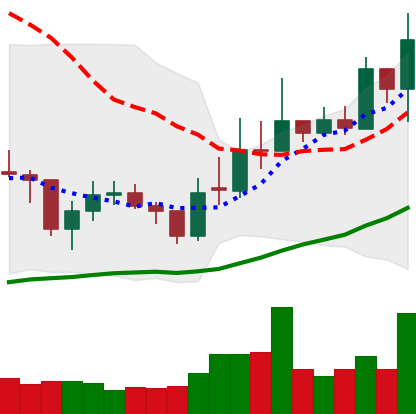
Ticker: EOS-USD
Chart end date: 2021-02-07
Forward return: 37.913%
Label: up_7plus